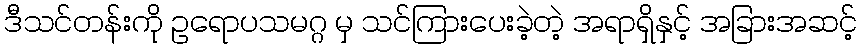
ဒီသင်တန်းကို ဥရောပသမဂ္ဂ မှ သင်ကြားပေးခဲ့တဲ့ အရာရှိနှင့် အခြားအဆင့်